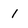
Character: 1